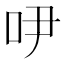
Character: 吚